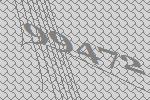
99472